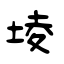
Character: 堎